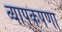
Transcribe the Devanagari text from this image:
व्यापकपणा